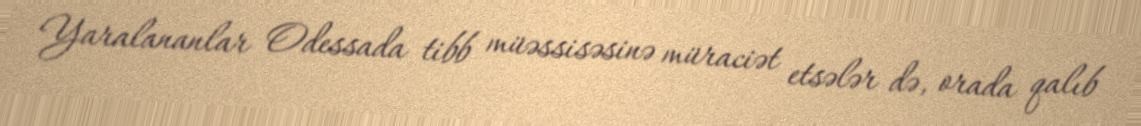
Yaralananlar Odessada tibb müəssisəsinə müraciət etsələr də, orada qalıb